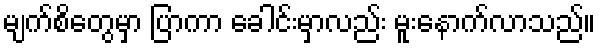
မျက်စိတွေမှာ ပြာကာ ခေါင်းမှာလည်း မူးနောက်လာသည်။